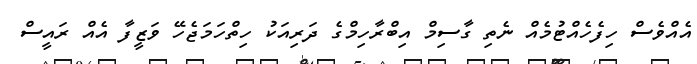
އެއްވެސް ހިފެހެއްޓުމެއް ނެތި ގާސިމް އިބްރާހިމްގެ ދަރިއަކު ހިތްހަމަޖެހޭ ވަޒީފާ އެއް ރައީސް